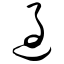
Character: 过